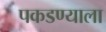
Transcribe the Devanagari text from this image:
पकडण्याला